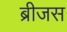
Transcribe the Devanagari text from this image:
ब्रीजस